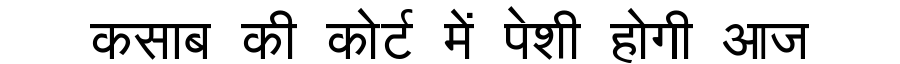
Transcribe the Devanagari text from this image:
कसाब की कोर्ट में पेशी होगी आज